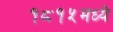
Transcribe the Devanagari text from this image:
१८१५मध्ये